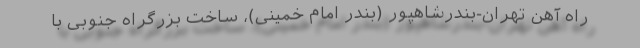
راه آهن تهران-بندرشاهپور (بندر امام خمینی)، ساخت بزرگراه جنوبی با